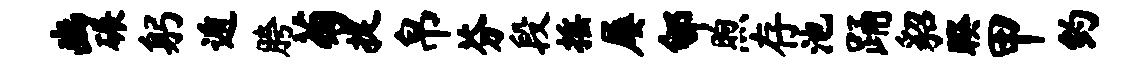
豳碾躬遁胯菊捉帛芬段摇屡郇煦存池踊貂睽甲约